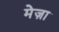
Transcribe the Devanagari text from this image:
मेज़ा